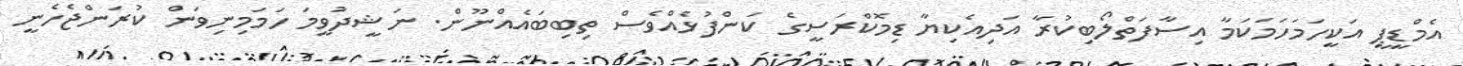
އެމްޑީޕީ އަކީހަމަހަމަކަމާ އިސާފަތްލޯބިކުރާ އަދިއެކިޔާ ޑިމޮކްރަސީގެ ކަންފުޅެއްވެސް ތިބިބައެއްނޫން. ނަޝީދުވީމަ ހަމަމިނިވަން ކުރަންޖެހެނީ